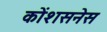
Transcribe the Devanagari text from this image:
कोंशसनेस